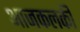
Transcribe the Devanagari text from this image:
आजकलकी